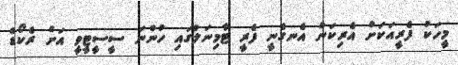
މީހަކު ފެރީއަކަށް އެރިކަން އެނގެނީ ފެރީ ޓާމިނަލްގައި ހުންނަ ސީސީޓީވީ އަށް ރެކޯޑް